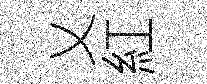
乂紅